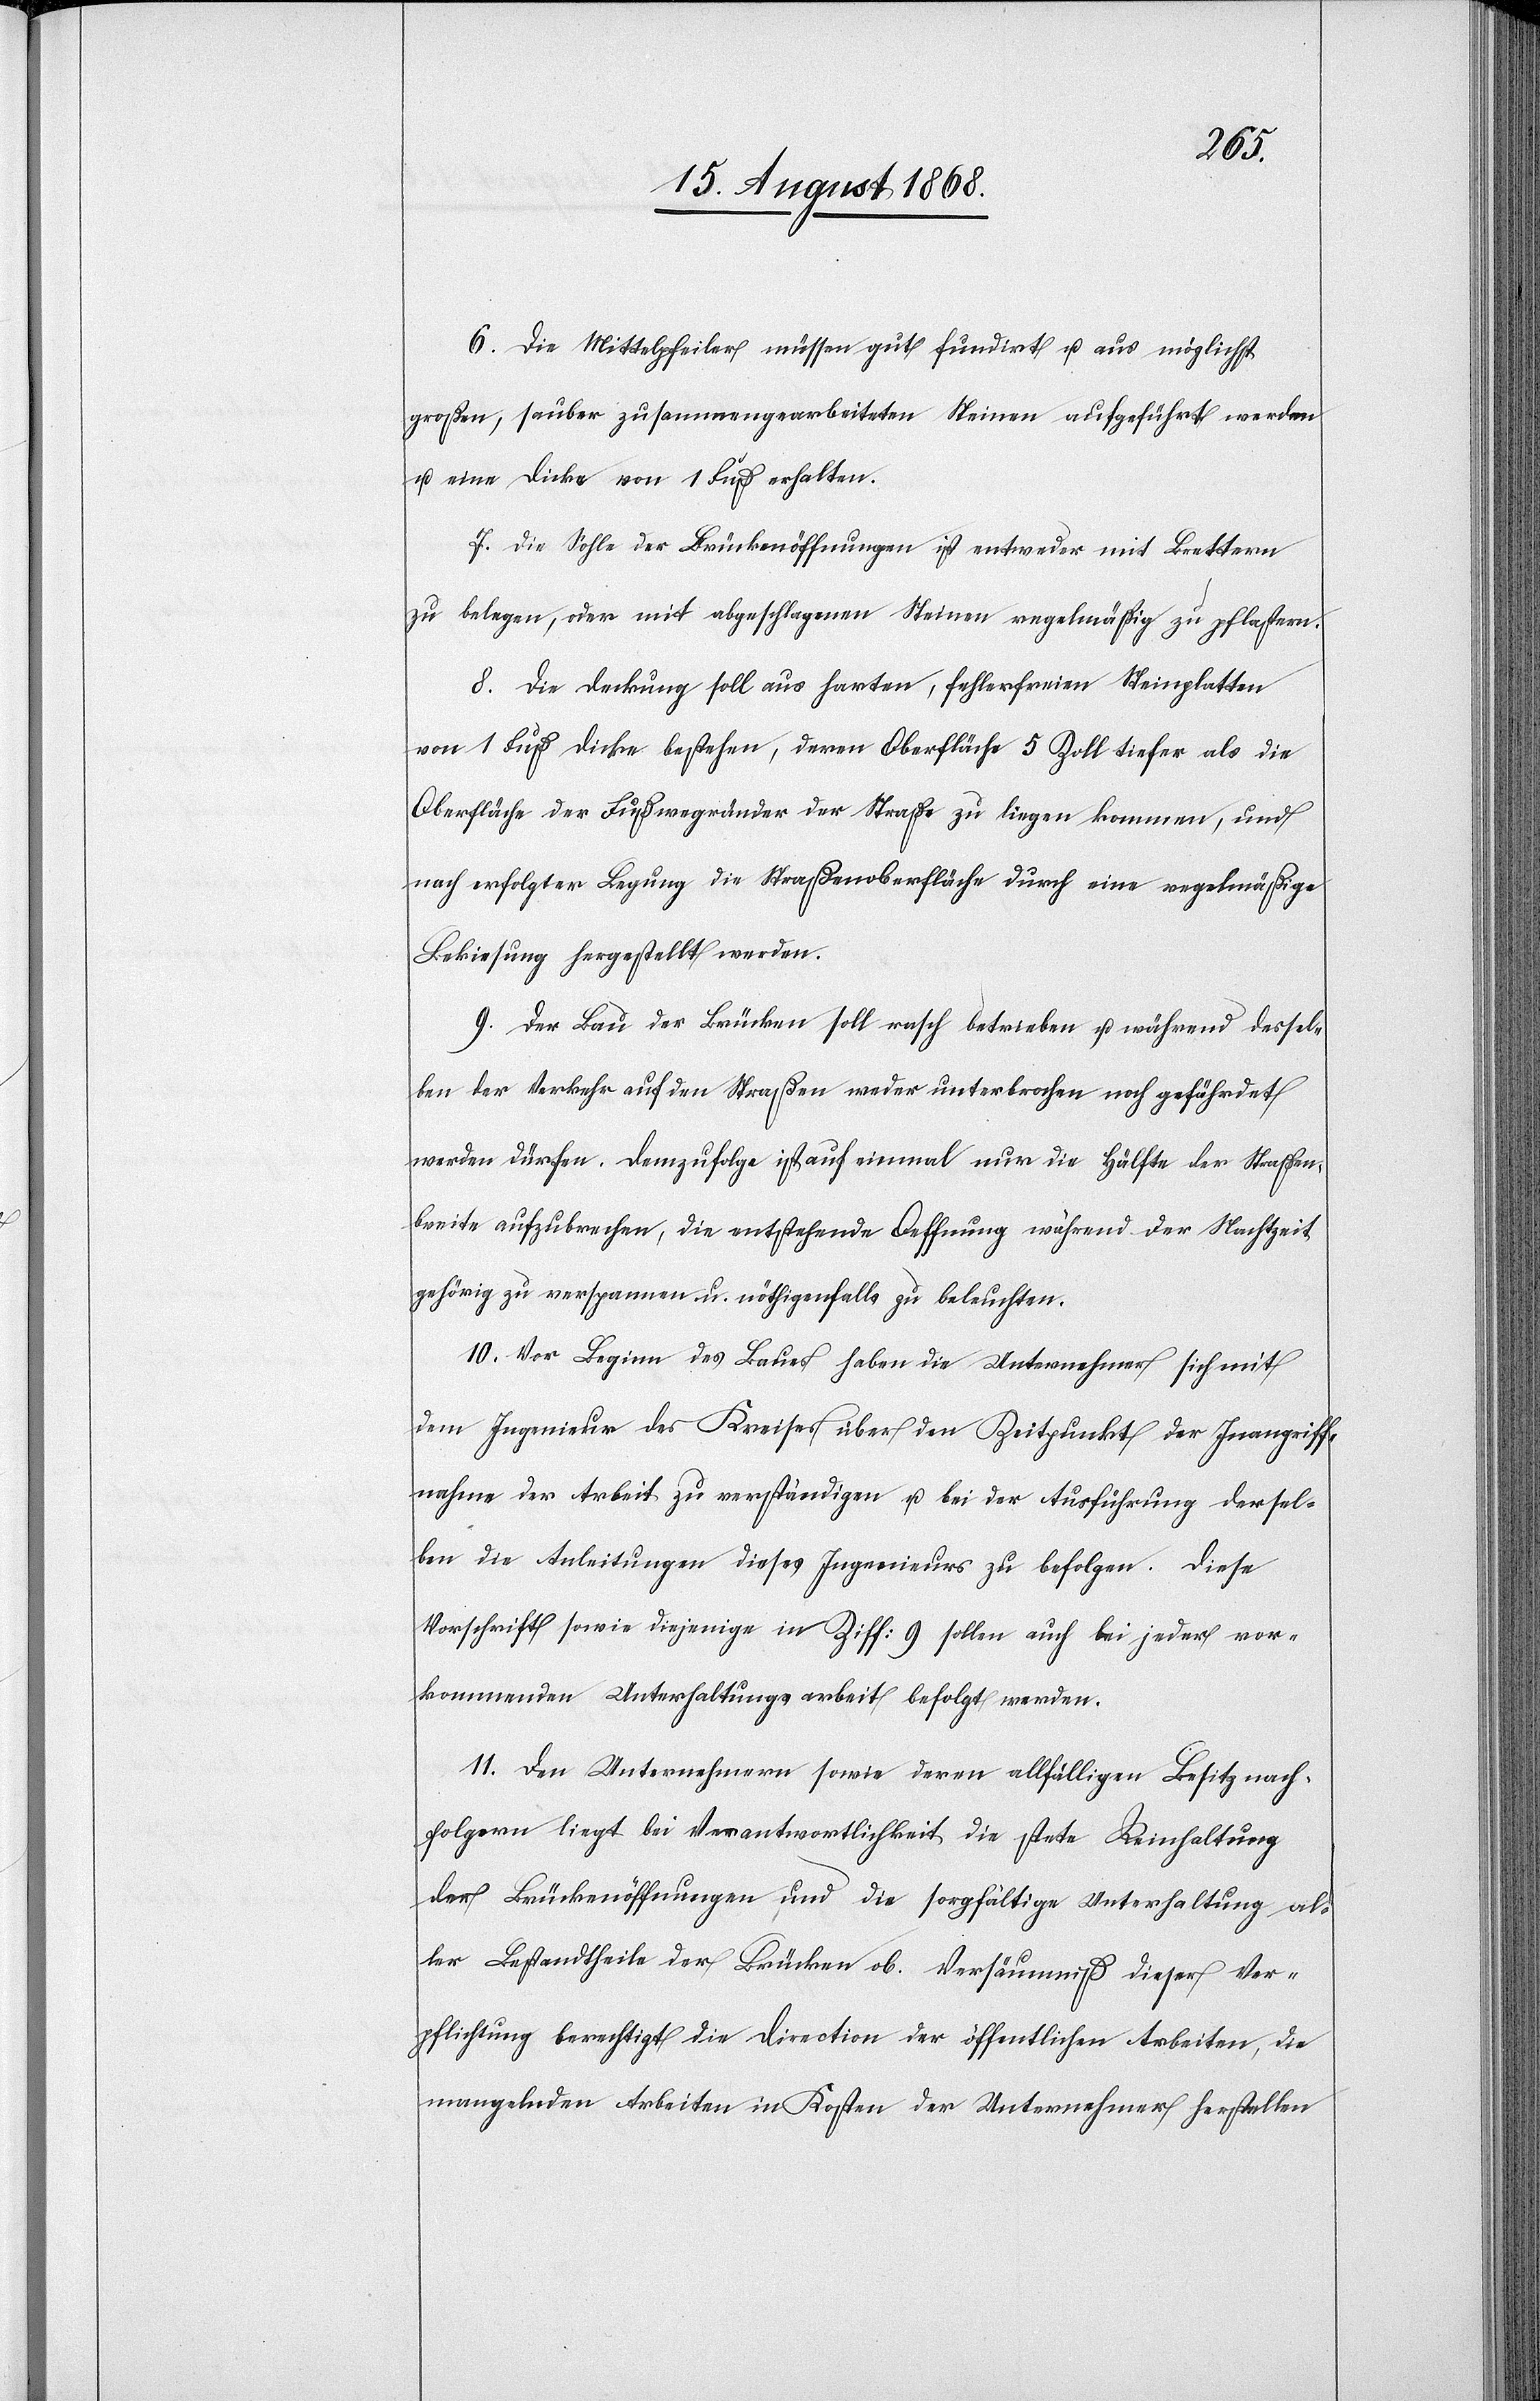
6. Die Mittelpfeiler müssen gut fundirt u. aus möglichst
großen, sauber zusammengearbeiteten Steinen aufgeführt werden
u. eine Dicke von 1 Fuß erhalten.
7. Die Sohle der Brückenöffnungen ist entweder mit Brettern
zu belegen, oder mit abgeschlagenen Steinen regelmäßig zu pflastern.
8. Die Deckung soll aus harten, fehlerfreien Steinplatten
von 1 Fuß Dicke bestehen, deren Oberfläche 5 Zoll tiefer als die
Oberfläche der Fußwegränder der Straße zu liegen kommen, und
nach erfolgter Legung die Straßenoberfläche durch eine regelmäßige
Bekiesung hergestellt werden.
9. Der Bau der Brücken soll rasch betrieben u. während dessel¬
ben der Verkehr auf den Straßen weder unterbrochen noch gefährdet
werden dürfen. Demzufolge ist auf einmal nur die Hälfte der Straßen¬
breite aufzubrechen, die entstehende Oeffnung während der Nachtzeit
gehörig zu verspannen u. nöthigenfalls zu beleuchten.
10. Vor Beginn des Baues haben die Unternehmer sich mit
dem Ingenieur des Kreises über den Zeitpunkt der Inangriff¬
nahme der Arbeit zu verständigen u. bei der Ausführung dersel¬
ben die Anleitungen dieses Ingenieurs zu befolgen. Diese
Vorschrift sowie diejenige in Ziff: 9 sollen auch bei jeder vor¬
kommenden Unterhaltungsarbeit befolgt werden.
11. Den Unternehmern sowie deren allfälligen Besitznach¬
folgern liegt bei Verantwortlichkeit die stete Reinhaltung
der Brückenöffnungen und die sorgfältige Unterhaltung al¬
ler Bestandtheile der Brücken ob. Versäumniß dieser Ver¬
pflichtung berechtigt die Direction der öffentlichen Arbeiten, die
mangelnden Arbeiten in Kosten der Unternehmer herstellen